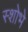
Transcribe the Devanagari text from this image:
स्शोभे